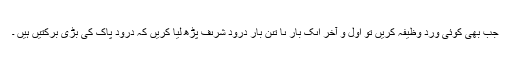
جب بھی کوئی وِرد وَظیفہ کریں تو اوّل و آخر اىک بار ىا تىن بار دُرُود شرىف پڑھ لیا کریں کہ دُرُودِ پاک کی بڑی بَرکتیں ہیں ۔